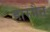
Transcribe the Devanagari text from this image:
हारमैन